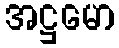
အဋ္ဌမော